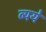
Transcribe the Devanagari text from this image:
व्यये